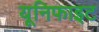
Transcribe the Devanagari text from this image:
यूनिफाइट